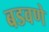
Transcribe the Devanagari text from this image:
बडवणे